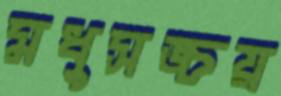
মধুসঙ্চয়